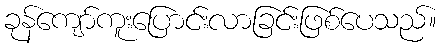
ခုန်ကျော်ကူးပြောင်းလာခြင်းဖြစ်ပေသည်။